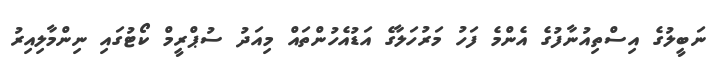
ނަބީލުގެ އިސްތިއުނާފުގެ އެންމެ ފަހު މަރުހަލާގެ އަޑުއެހުންތައް މިއަދު ސުޕްރީމް ކޯޓުގައި ނިންމާލިއިރު